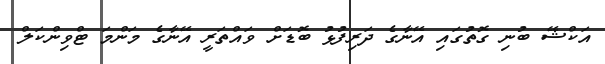
އަކްޝޭ ބުނި ގޮތުގައި އޭނާގެ ދަރިފުޅު ބޮޑަށް ވައްތަރީ އޭނާގެ މަންމަ ޓްވިންކަލް